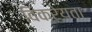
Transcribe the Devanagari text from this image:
विक्रेयता